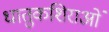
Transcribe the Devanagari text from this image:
धातुकशिराओं